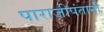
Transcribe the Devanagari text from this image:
पाराजीपंतानी